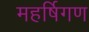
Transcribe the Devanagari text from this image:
महर्षिगण